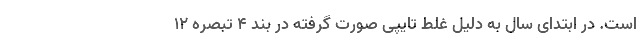
است. در ابتدای سال به دلیل غلط تایپی صورت گرفته در بند ۴ تبصره ۱۲